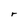
Character: r